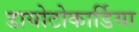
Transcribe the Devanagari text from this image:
डायोटोकार्डिया